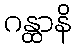
ဂန္ထာနိ